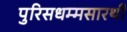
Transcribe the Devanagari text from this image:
पुरिसधम्मसारथी